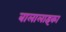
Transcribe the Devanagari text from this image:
बालालाइका